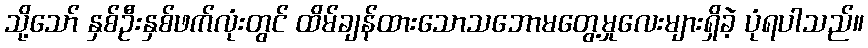
သို့သော် နှစ်ဦးနှစ်ဖက်လုံးတွင် ထိမ်ချန်ထားသောသဘောမတွေ့မှုလေးများရှိခဲ့ ပုံရပါသည်။